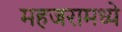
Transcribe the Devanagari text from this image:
महजरामध्ये